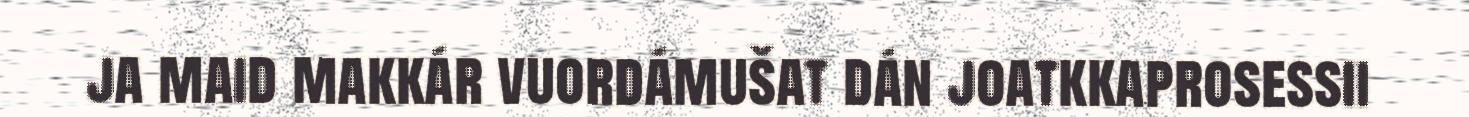
ja maid makkár vuordámušat dán joatkkaprosessii